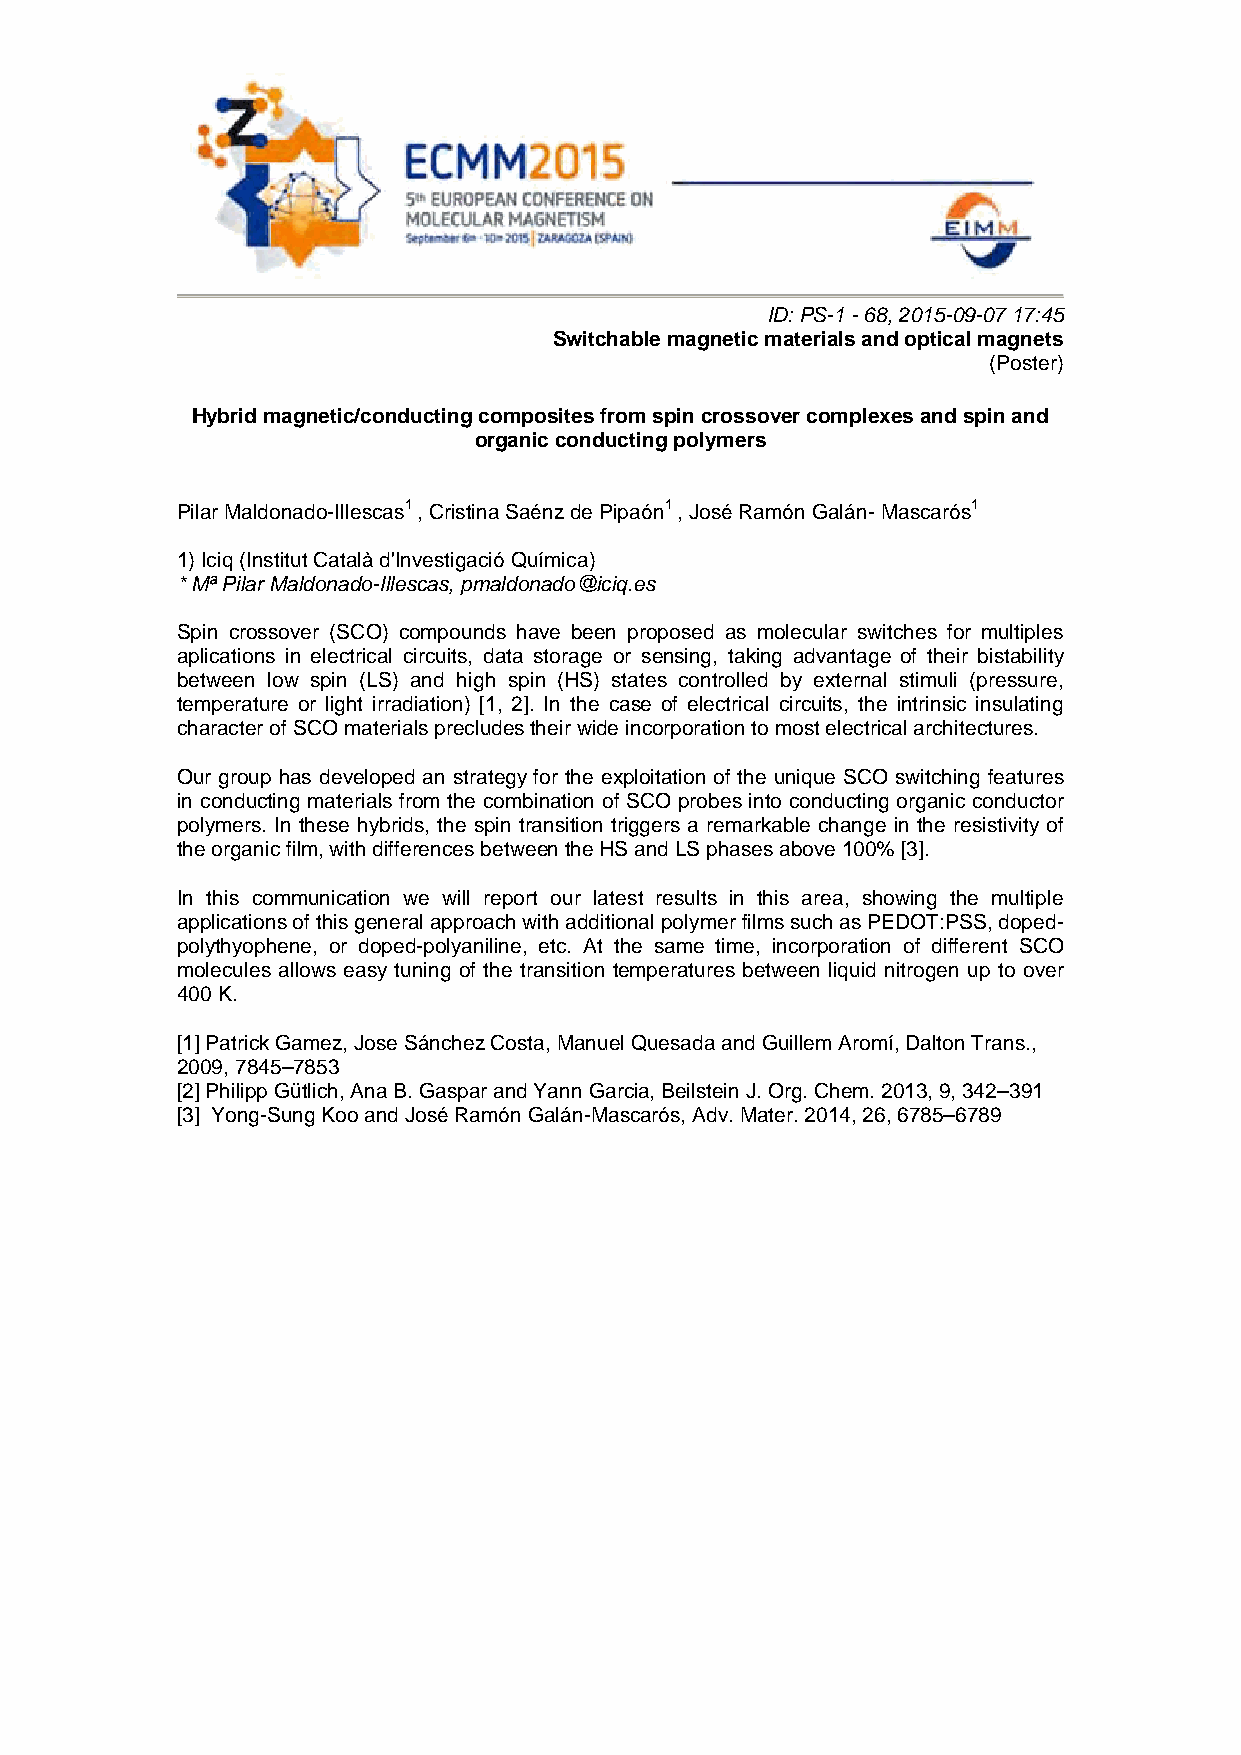
ID: PS-1 - 68, 2015-09-07 17:45
 Switchable magnetic materials and optical magnets
 (Poster)
 Hybrid magnetic/conducting composites from spin crossover complexes and spin and
 organic conducting polymers
 Pilar Maldonado-Illescas1 , Cristina Saénz de Pipaón1 , José Ramón Galán- Mascarós1
 1) Iciq (Institut Català d'Investigació Química)
 * Mª Pilar Maldonado-Illescas, pmaldonado@iciq.es
 Spin crossover (SCO) compounds have been proposed as molecular switches for multiples
 aplications in electrical circuits, data storage or sensing, taking advantage of their bistability
 between low spin (LS) and high spin (HS) states controlled by external stimuli (pressure,
 temperature or light irradiation) [1, 2]. In the case of electrical circuits, the intrinsic insulating
 character of SCO materials precludes their wide incorporation to most electrical architectures.
 Our group has developed an strategy for the exploitation of the unique SCO switching features
 in conducting materials from the combination of SCO probes into conducting organic conductor
 polymers. In these hybrids, the spin transition triggers a remarkable change in the resistivity of
 the organic film, with differences between the HS and LS phases above 100% [3].
 In this communication we will report our latest results in this area, showing the multiple
 applications of this general approach with additional polymer films such as PEDOT:PSS, doped-
 polythyophene, or doped-polyaniline, etc. At the same time, incorporation of different SCO
 molecules allows easy tuning of the transition temperatures between liquid nitrogen up to over
 400 K.
 [1] Patrick Gamez, Jose Sánchez Costa, Manuel Quesada and Guillem Aromí, Dalton Trans.,
 2009, 7845–7853
 [2] Philipp Gütlich, Ana B. Gaspar and Yann Garcia, Beilstein J. Org. Chem. 2013, 9, 342–391
 [3] Yong-Sung Koo and José Ramón Galán-Mascarós, Adv. Mater. 2014, 26, 6785–6789